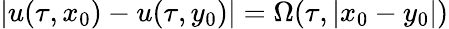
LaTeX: |u(\tau,x_{0})-u(\tau,y_{0})|=\Omega(\tau,|x_{0}-y_{0}|)